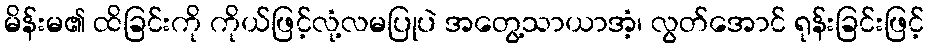
မိန်းမ၏ ထိခြင်းကို ကိုယ်ဖြင့်လုံ့လမပြုပဲ အတွေ့သာယာအံ့၊ လွတ်အောင် ရုန်းခြင်းဖြင့်